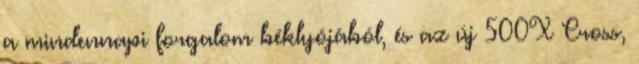
a mindennapi forgalom béklyójából, és az új 500X Cross,